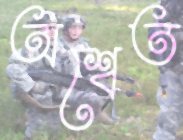
অশ্বেত